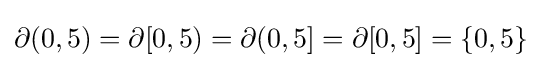
\partial (0,5)=\partial [0,5)=\partial (0,5]=\partial [0,5]=\{0,5\}